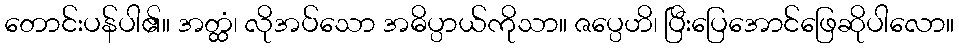
တောင်းပန်ပါ၏။ အတ္ထံ၊ လိုအပ်သော အဓိပ္ပာယ်ကိုသာ။ ဇပ္ပေဟိ၊ ပြီးပြေအောင်ဖြေဆိုပါလော။